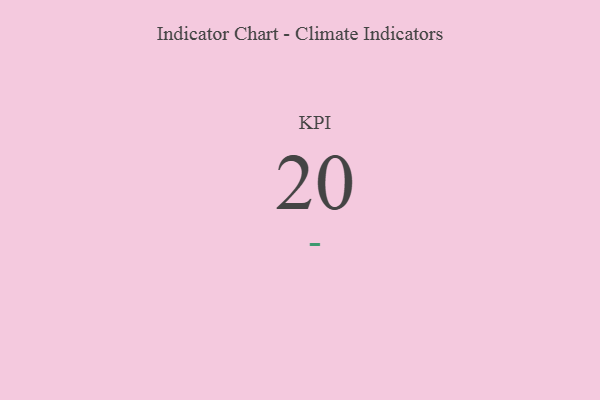
{"axis": {"x": "KPI", "y": "Value"}, "legend": [""], "data": [{"x": "KPI", "y": 20, "type": ""}]}